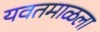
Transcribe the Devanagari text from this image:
यवतमाळला